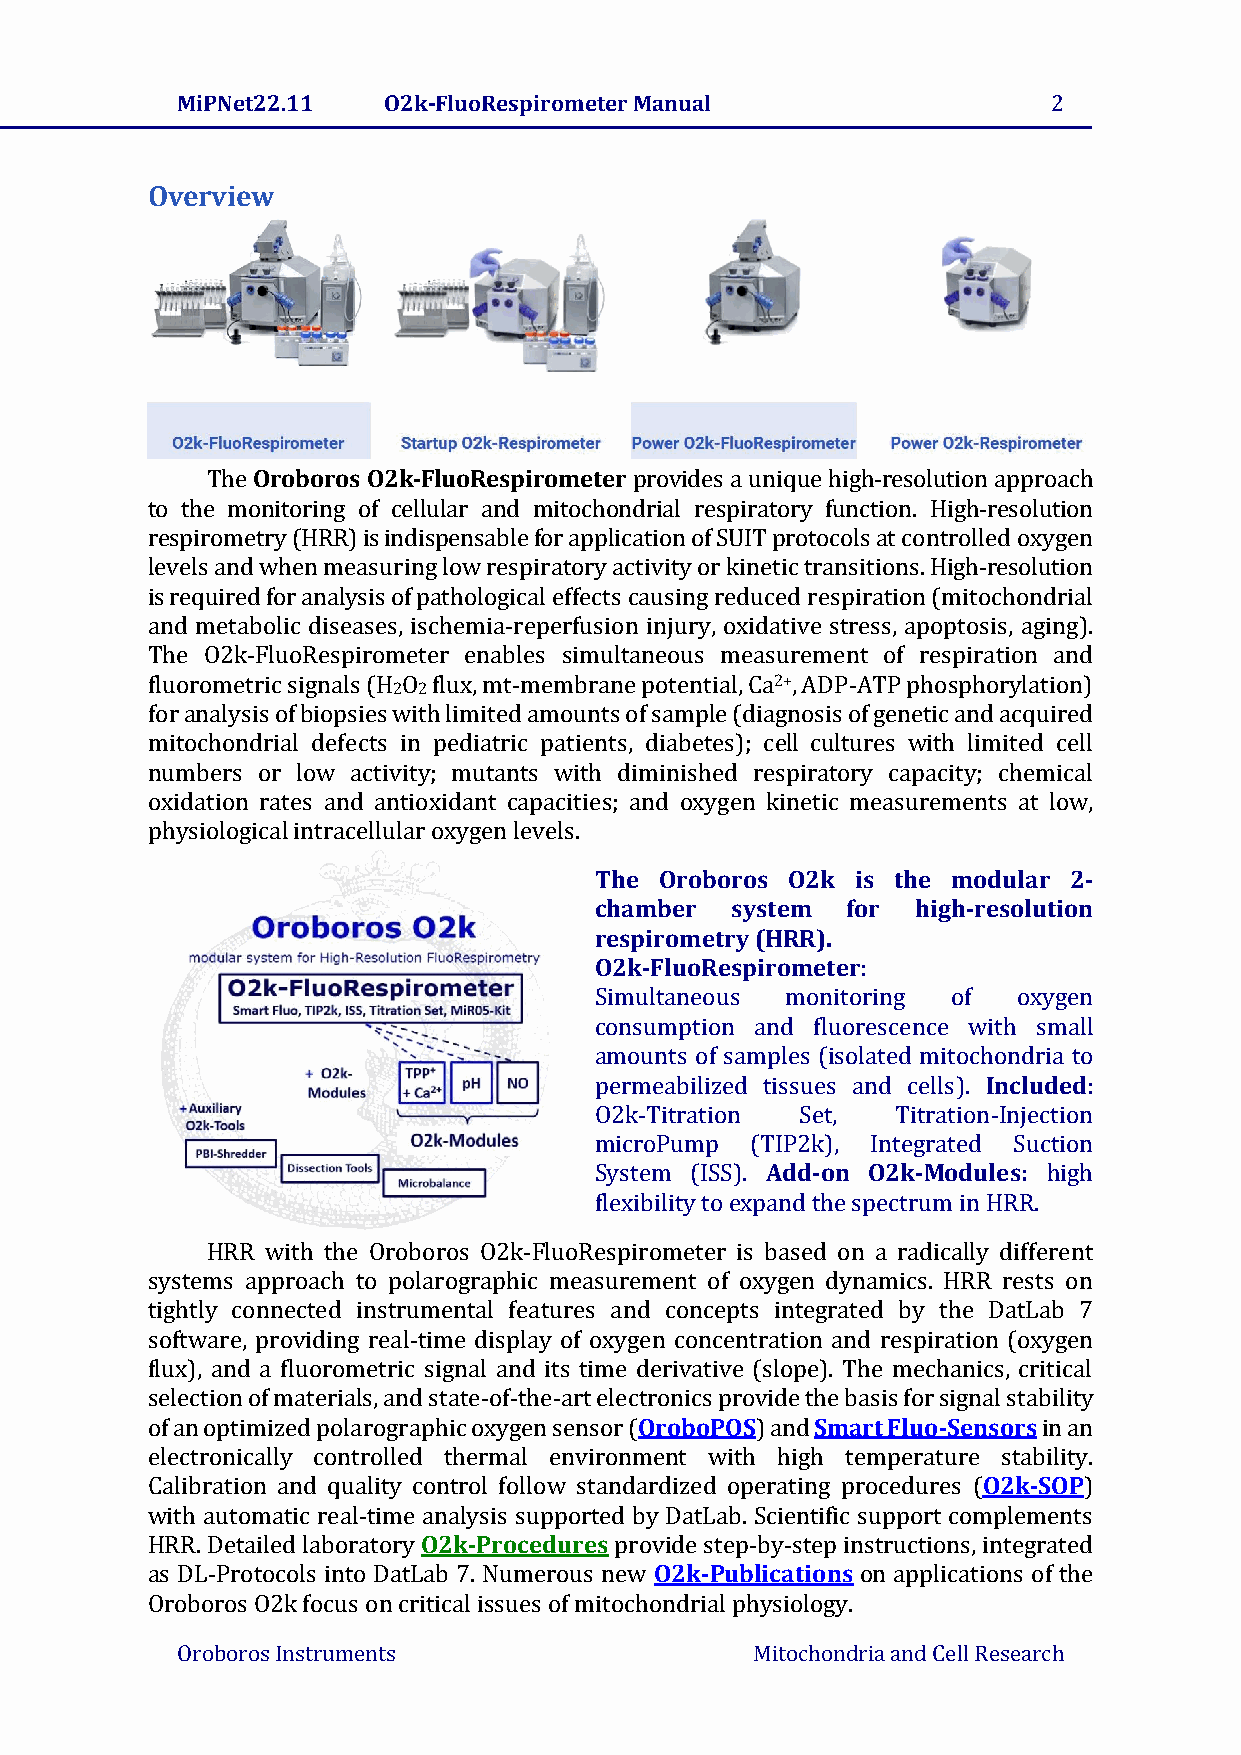
MiPNet22.11  O2k-FluoRespirometer Manual                  2
 Overview
 The Oroboros O2k-FluoRespirometer provides a unique high-resolution approach
 to the monitoring of cellular and mitochondrial respiratory function. High-resolution
 respirometry (HRR) is indispensable for application of SUIT protocols at controlled oxygen
 levels and when measuring low respiratory activity or kinetic transitions. High-resolution
 is required for analysis of pathological effects causing reduced respiration (mitochondrial
 and metabolic diseases, ischemia-reperfusion injury, oxidative stress, apoptosis, aging).
 The O2k-FluoRespirometer enables simultaneous measurement of respiration and
 fluorometric signals (H O flux, mt-membrane potential, Ca2+, ADP-ATP phosphorylation)
 2 2
 for analysis of biopsies with limited amounts of sample (diagnosis of genetic and acquired
 mitochondrial defects in pediatric patients, diabetes); cell cultures with limited cell
 numbers or low activity; mutants with diminished respiratory capacity; chemical
 oxidation rates and antioxidant capacities; and oxygen kinetic measurements at low,
 physiological intracellular oxygen levels.
 The  Oroboros O2k is the modular 2-
 chamber  system  for  high-resolution
 respirometry (HRR).
 O2k-FluoRespirometer:
 Simultaneous monitoring of  oxygen
 consumption and fluorescence with small
 amounts of samples (isolated mitochondria to
 permeabilized tissues and cells). Included:
 O2k-Titration Set,  Titration-Injection
 microPump  (TIP2k), Integrated Suction
 System (ISS). Add-on O2k-Modules: high
 flexibility to expand the spectrum in HRR.
 HRR with the Oroboros O2k-FluoRespirometer is based on a radically different
 systems approach to polarographic measurement of oxygen dynamics. HRR rests on
 tightly connected instrumental features and concepts integrated by the DatLab 7
 software, providing real-time display of oxygen concentration and respiration (oxygen
 flux), and a fluorometric signal and its time derivative (slope). The mechanics, critical
 selection of materials, and state-of-the-art electronics provide the basis for signal stability
 of an optimized polarographic oxygen sensor (OroboPOS) and Smart Fluo-Sensors in an
 electronically controlled thermal environment with high temperature stability.
 Calibration and quality control follow standardized operating procedures (O2k-SOP)
 with automatic real-time analysis supported by DatLab. Scientific support complements
 HRR. Detailed laboratory O2k-Procedures provide step-by-step instructions, integrated
 as DL-Protocols into DatLab 7. Numerous new O2k-Publications on applications of the
 Oroboros O2k focus on critical issues of mitochondrial physiology.
 Oroboros Instruments                  Mitochondria and Cell Research